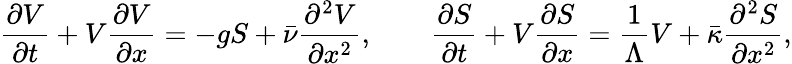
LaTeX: \begin{array}{r}{\displaystyle{\frac{\partial V}{\partial t}}+V\displaystyle{\frac{\partial V}{\partial x}}=-gS+\bar{\nu}\displaystyle{\frac{\partial^{2}V}{\partial x^{2}}},\qquad\displaystyle{\frac{\partial S}{\partial t}}+V\displaystyle{\frac{\partial S}{\partial x}}=\frac{1}{\Lambda}V+\bar{\kappa}\displaystyle{\frac{\partial^{2}S}{\partial x^{2}}},}\end{array}